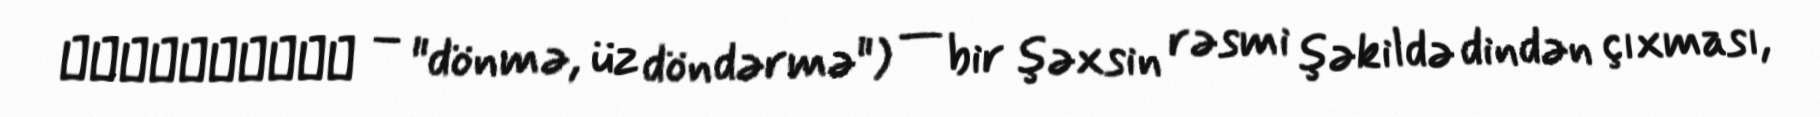
اِرْتِدَاد – "dönmə, üz döndərmə") — bir şəxsin rəsmi şəkildə dindən çıxması,